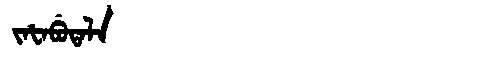
Manchu: ᠵᠠᡶᠠᠪᡠᡨᠠᠯᠠ
Romanization: JAFABUTALA